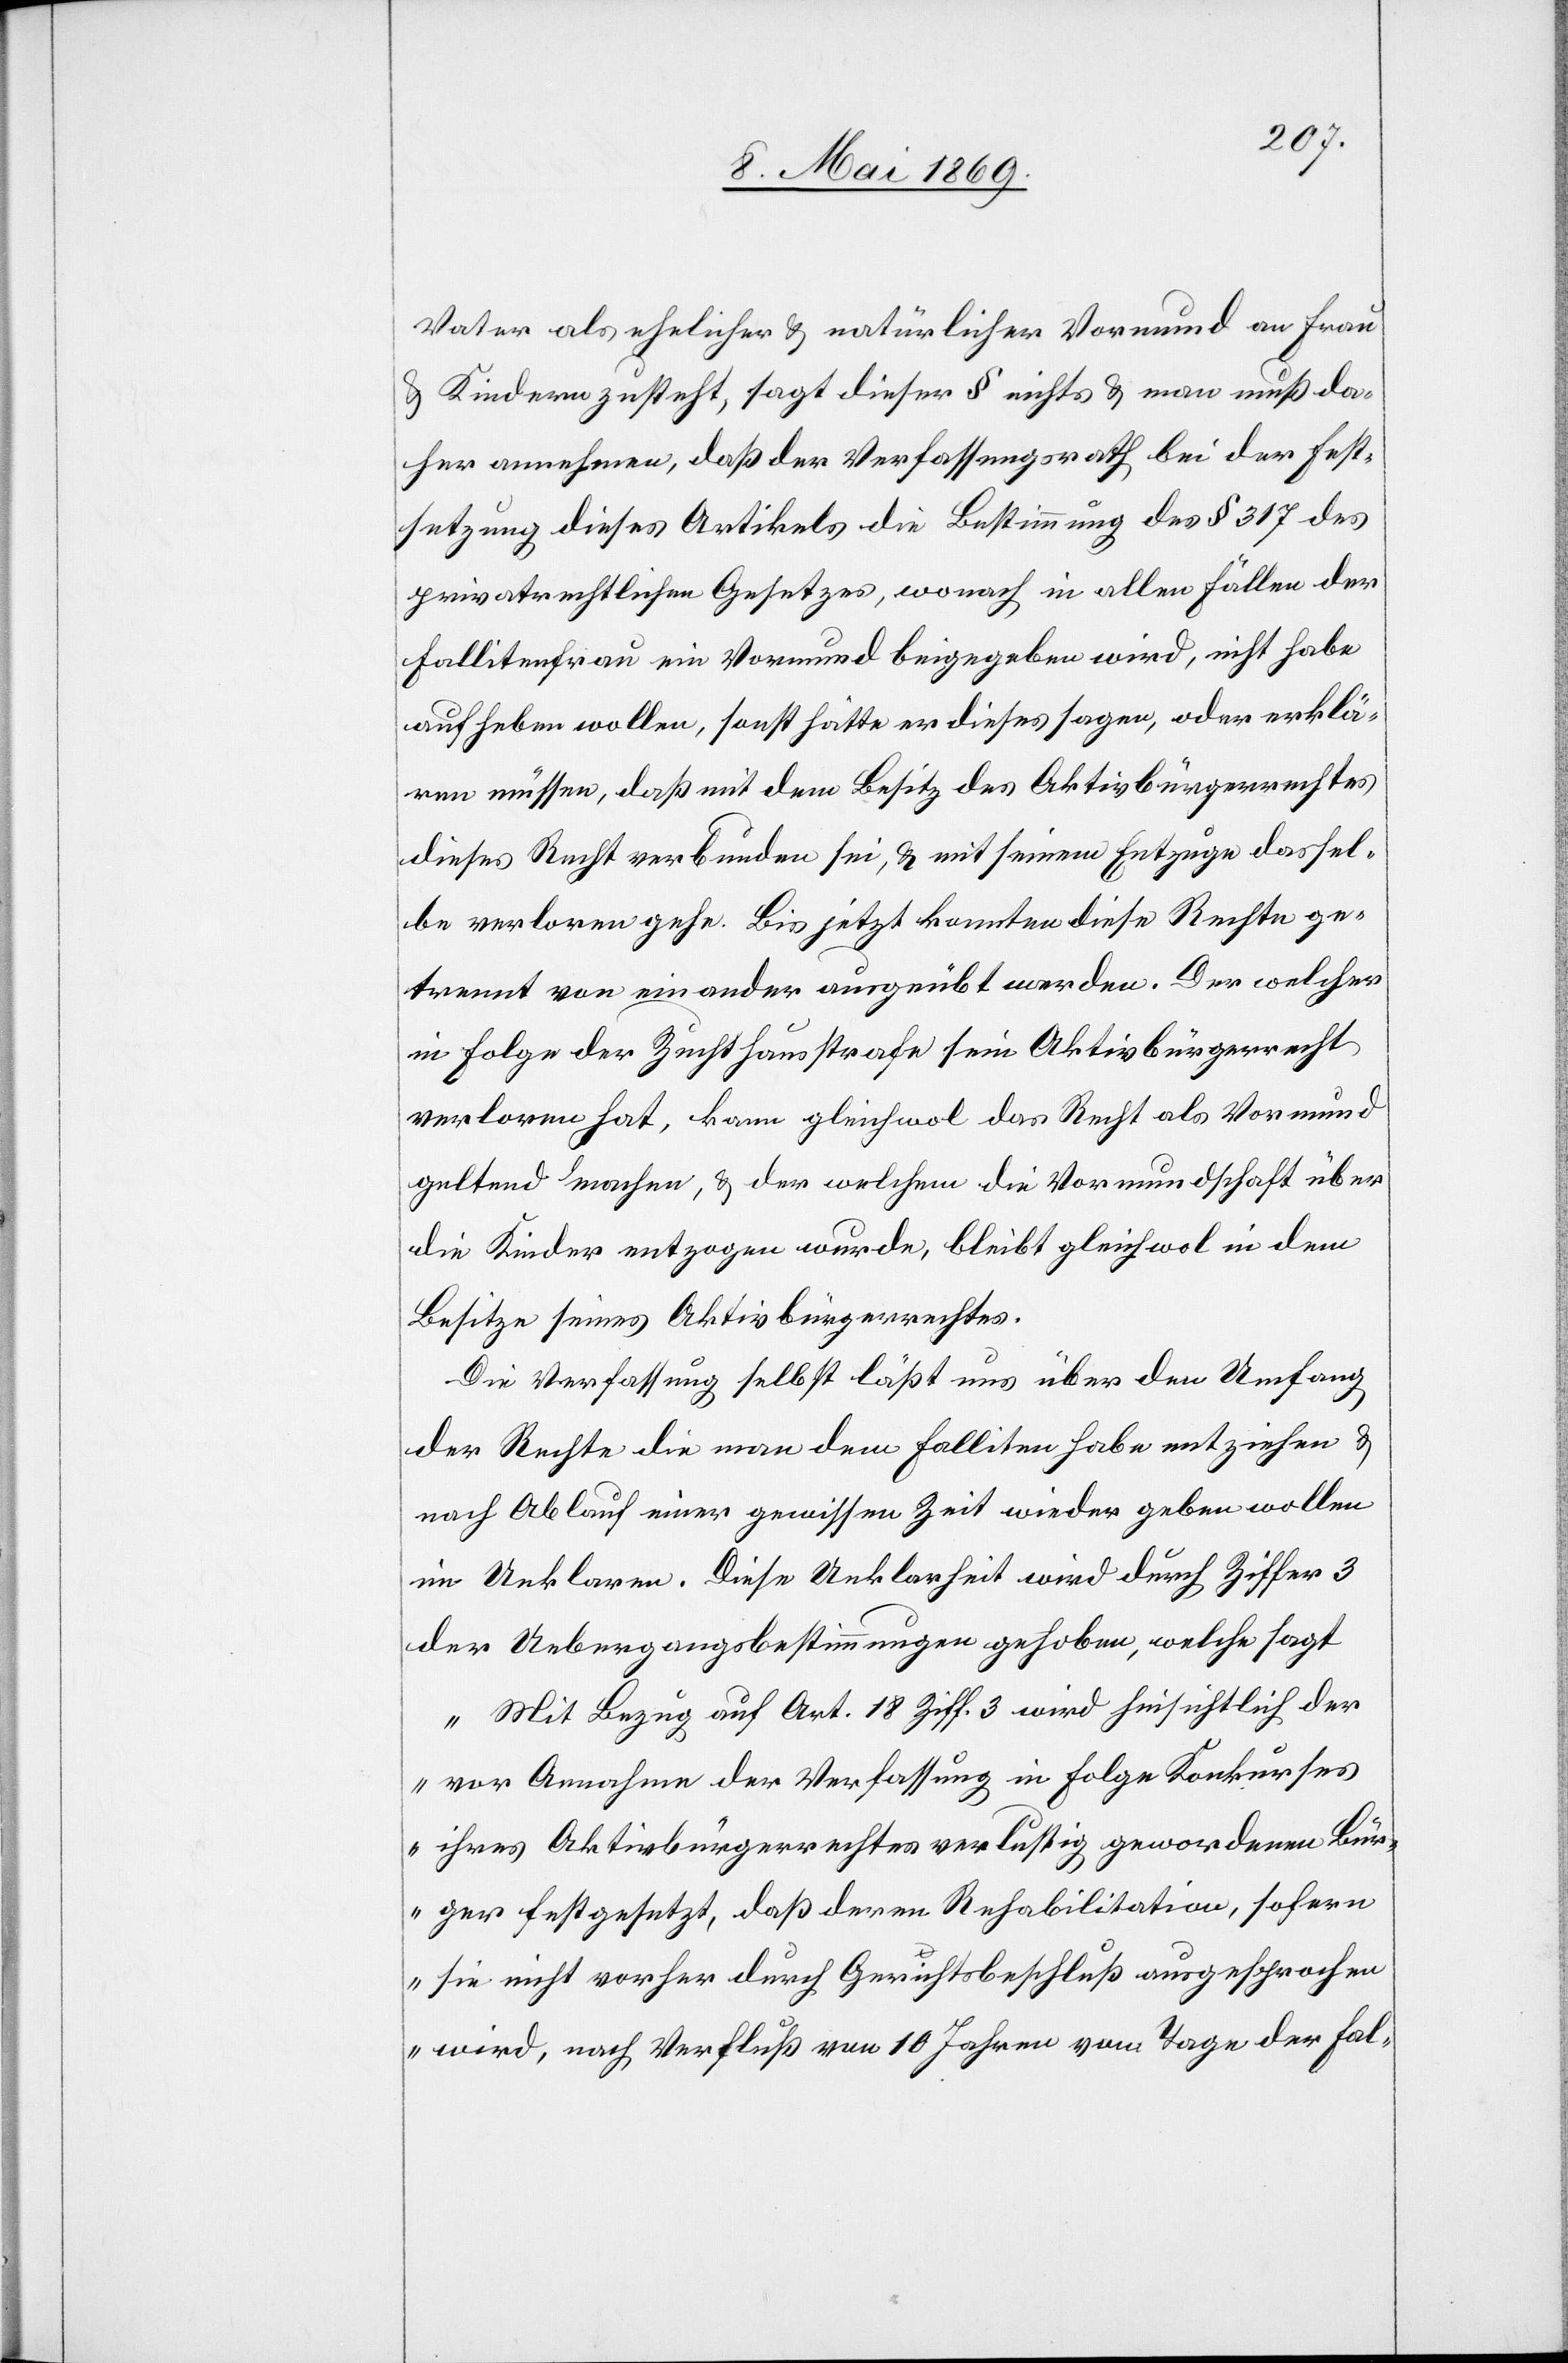
Vater als ehelicher u. natürlicher Vormund an Frau
u. Kindern zusteht, sagt dieser § nichts u. man muß da¬
her annehmen, daß der Verfassungsrath bei der Fest¬
setzung dieses Artikels die Bestimmung des § 317 des
privatrechtlichen Gesetzes, wonach in allen Fällen der
Fallitenfrau ein Vormund beigegeben wird, nicht habe
aufheben wollen, sonst hätte er dieses sagen, oder erklä¬
ren müssen, daß mit dem Besitz des Aktivbürgerrechtes
dieses Recht verbunden sei, u. mit seinem Entzuge dassel¬
be verloren gehe. Bis jetzt konnten diese Rechte ge¬
trennt von einander ausgeübt werden. Der welcher
in Folge der Zuchthausstrafe sein Aktivbürgerrecht
verloren hat, kann gleichwol das Recht als Vormund
geltend machen, u. der welchem die Vormundschaft über
die Kinder entzogen wurde, bleibt gleichwol in dem
Besitze seines Aktivbürgerrechtes.
Die Verfassung selbst läßt uns über den Umfang
der Rechte die man dem Falliten habe entziehen
nach Ablauf einer gewissen Zeit wieder geben wollen
im Unklaren. Diese Unklarheit wird durch Ziffer 3
der Uebergangsbestimmungen gehoben, welche sagt
„Mit Bezug auf Art. 18 Ziff. 3 wird hinsichtlich der
vor Annahme der Verfassung in Folge Konkurses
ihres Aktivbürgerrechtes verlustig gewordenen Bür¬
ger festgesetzt, daß deren Rehabilitation, sofern
sie nicht vorher durch Gerichtsbeschluß ausgesprochen
wird, nach Verfluß von 10 Jahren vom Tage der Fal-